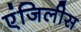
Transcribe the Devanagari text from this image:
एंजिलीस